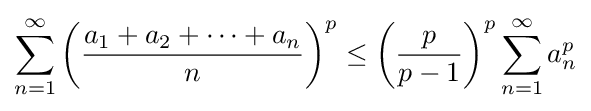
\sum _{n=1}^{\infty }\left({\frac {a_{1}+a_{2}+\cdots +a_{n}}{n}}\right)^{p}\leq \left({\frac {p}{p-1}}\right)^{p}\sum _{n=1}^{\infty }a_{n}^{p}